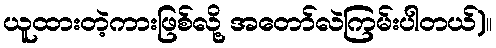
ယူထားတဲ့ကားဖြစ်လို့ အတော်လဲကြမ်းပါတယ်)။